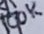
Text: 100K